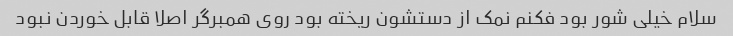
سلام خیلی شور بود فکنم نمک از دستشون ریخته بود روی همبرگر اصلا قابل خوردن نبود